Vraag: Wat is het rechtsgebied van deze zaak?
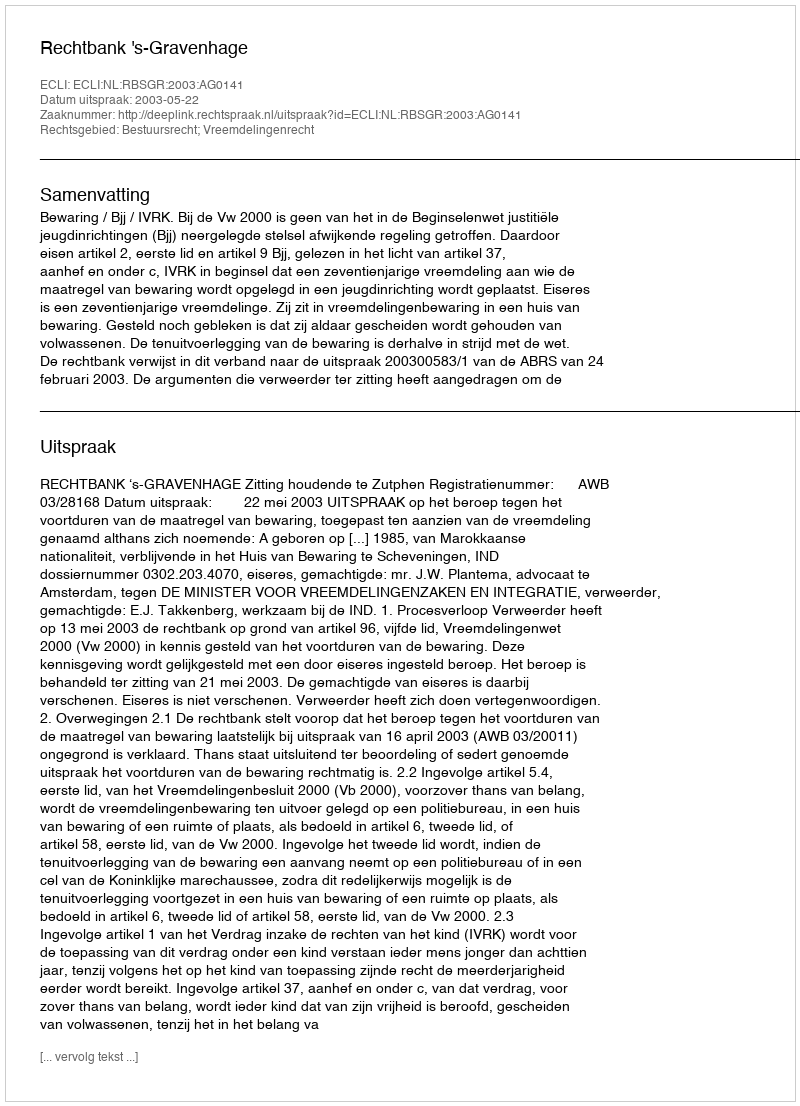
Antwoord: Bestuursrecht; Vreemdelingenrecht